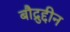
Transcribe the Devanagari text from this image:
बौद्रुद्दीन